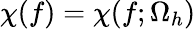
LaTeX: {\chi\smash[t]{\mathstrut}}(f)={\chi\smash[t]{\mathstrut}}(f;\Omega_{h})